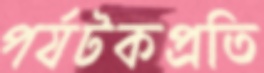
পর্যটকপ্রতি